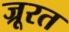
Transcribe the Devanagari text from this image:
ज्रूरत